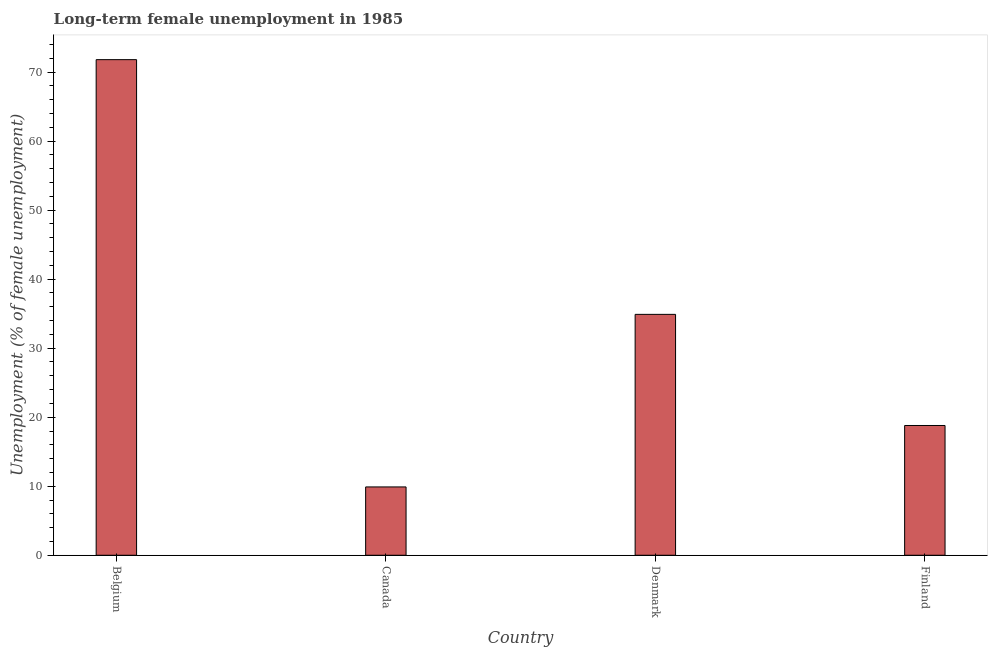
| Country | Long-term unemployment female |
 | --- | --- |
 | Belgium | 71.8 |
 | Canada | 9.9 |
 | Denmark | 34.9 |
 | Finland | 18.8 |